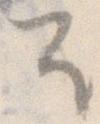
そ